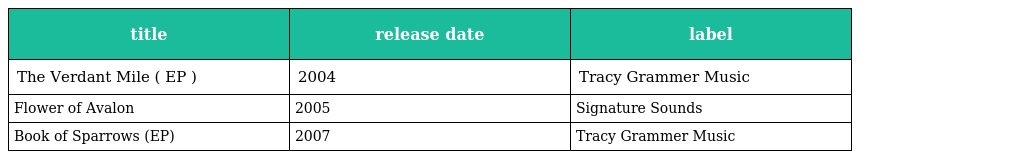
| title | release date | label |
 | --- | --- | --- |
 | The Verdant Mile ( EP ) | 2004 | Tracy Grammer Music |
 | Flower of Avalon | 2005 | Signature Sounds |
 | Book of Sparrows (EP) | 2007 | Tracy Grammer Music |